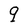
Character: q